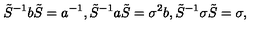
\tilde { S } ^ { - 1 } b \tilde { S } = a ^ { - 1 } , \tilde { S } ^ { - 1 } a \tilde { S } = \sigma ^ { 2 } b , \tilde { S } ^ { - 1 } \sigma \tilde { S } = \sigma ,